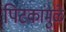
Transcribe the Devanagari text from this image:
पिटकांमुळे